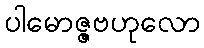
ပါမောဇ္ဇဗဟုလော